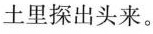
土里探出头来。